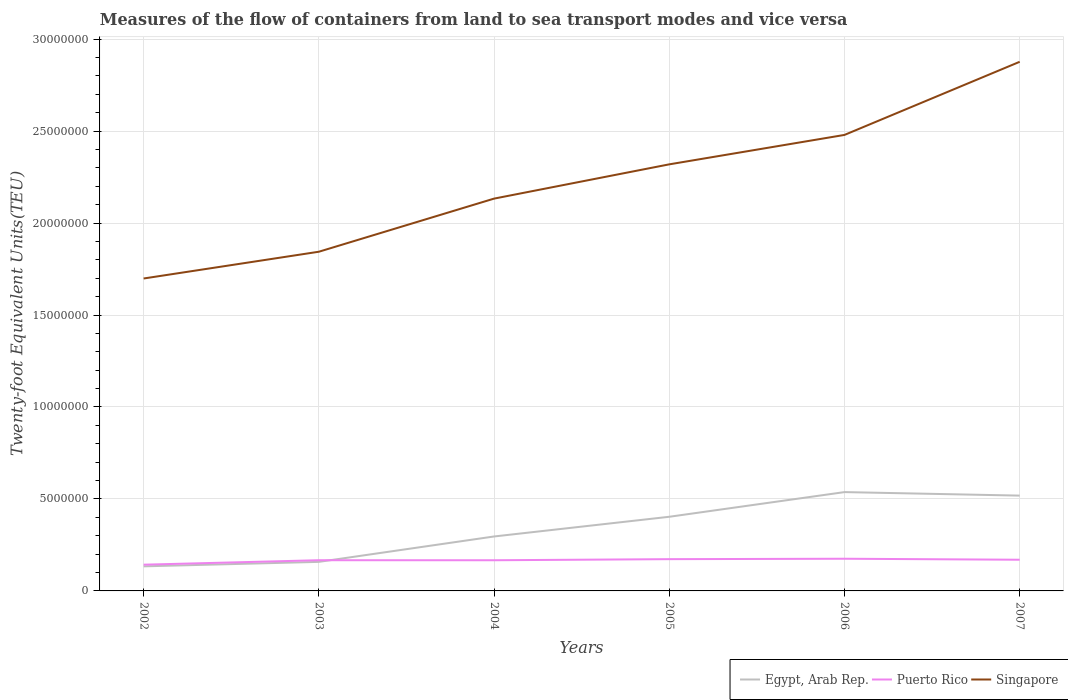
| Years | Egypt, Arab Rep. | Puerto Rico | Singapore |
 | --- | --- | --- | --- |
 | 2002 | 1.34e+06 | 1.43e+06 | 1.7e+07 |
 | 2003 | 1.58e+06 | 1.67e+06 | 1.84e+07 |
 | 2004 | 2.96e+06 | 1.67e+06 | 2.13e+07 |
 | 2005 | 4.03e+06 | 1.73e+06 | 2.32e+07 |
 | 2006 | 5.37e+06 | 1.75e+06 | 2.48e+07 |
 | 2007 | 5.18e+06 | 1.7e+06 | 2.88e+07 |